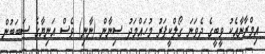
އިމްރާނާއެކު ވީބީގެ ދެވަނަ ގޯލްކީޕަރު މުހައްމަދު ސިނާން (ނާނި) ވެސް އަނިޔާގެ ސަބަބުން